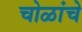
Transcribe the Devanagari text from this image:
चोळांचे